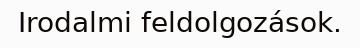
Irodalmi feldolgozások.